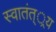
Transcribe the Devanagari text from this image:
स्वातंत््रय